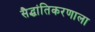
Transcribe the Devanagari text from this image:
सैद्धांतिकरणाला